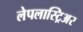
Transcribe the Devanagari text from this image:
लेपलास्ट्रिअर